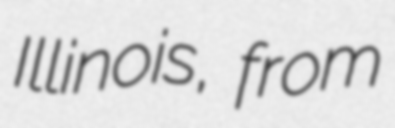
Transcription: Illinois, from